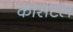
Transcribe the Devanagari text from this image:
कासटल